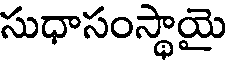
సుధాసంస్థాయై